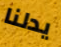
يدلنا